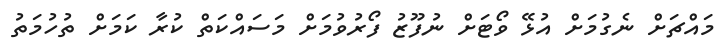
މައްޗަށް ނެގުމަށް އުޅޭ ވޯޓަށް ނުފޫޒު ފޯރުވުމަށް މަސައްކަތް ކުރާ ކަމަށް ތުހުމަތު